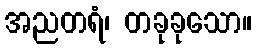
အညတရံ၊ တခုခုသော။